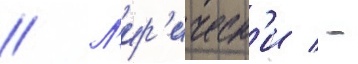
// Л'ир'ическ'и / -